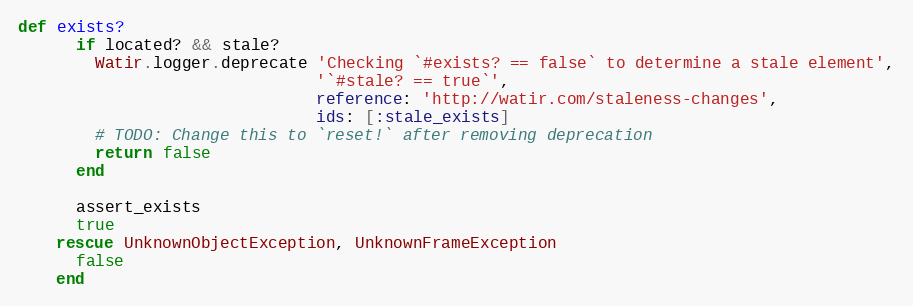
Language: Ruby
def exists?
      if located? && stale?
        Watir.logger.deprecate 'Checking `#exists? == false` to determine a stale element',
                               '`#stale? == true`',
                               reference: 'http://watir.com/staleness-changes',
                               ids: [:stale_exists]
        # TODO: Change this to `reset!` after removing deprecation
        return false
      end

      assert_exists
      true
    rescue UnknownObjectException, UnknownFrameException
      false
    end